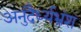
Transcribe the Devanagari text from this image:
अनुदैर्ध्यभ्रंश